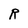
Character: R